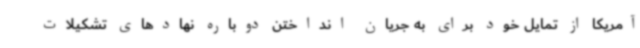
آمریکا از تمایل خود برای به جریان انداختن دوباره نهادهای تشکیلات